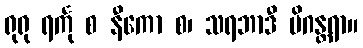
ရုရု ရင်္ကု စ နီကော စ၊ သရဘာဒီ မိဂန္တရာ။